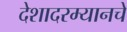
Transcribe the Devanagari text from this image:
देशादरम्यानचे